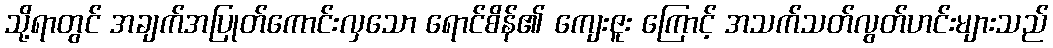
သို့ရာတွင် အချက်အပြုတ်ကောင်းလှသော ရောင်စိန်၏ ကျေးဇူး ကြောင့် အသက်သတ်လွတ်ဟင်းများသည်